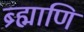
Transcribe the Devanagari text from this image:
ब्र्ह्माणि